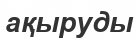
ақыруды